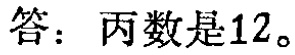
答：丙数是12。